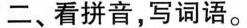
二、看拼音，写词语。